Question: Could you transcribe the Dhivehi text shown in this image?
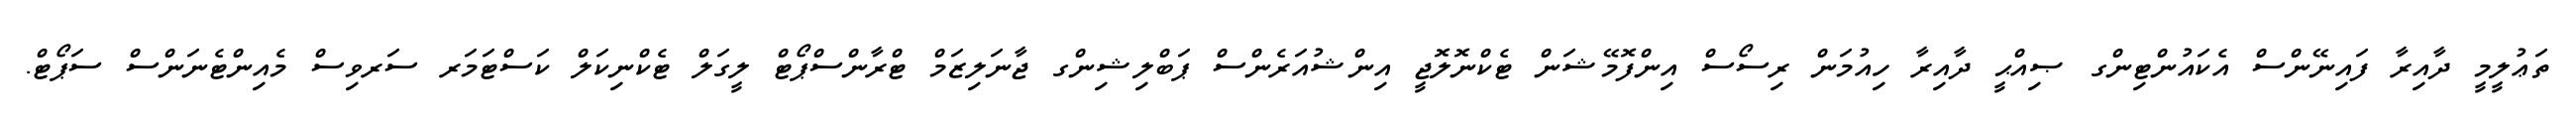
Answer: ތަޢުލީމީ ދާއިރާ ފައިނޭންސް އެކައުންޓިންގ ޞިއްޙީ ދާއިރާ ހިއުމަން ރިސޯސް އިންފޮމޭޝަން ޓެކްނޮލޮޖީ އިންޝުއަރެންސް ޕަބްލިޝިންގ ޖާނަލިޒަމް ޓްރާންސްޕޯޓް ލީގަލް ޓެކްނިކަލް ކަސްޓަމަރ ސަރވިސް މެއިންޓެނަންސް ސަޕޯޓް.